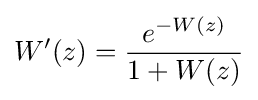
W'(z)={\frac {e^{-W(z)}}{1+W(z)}}